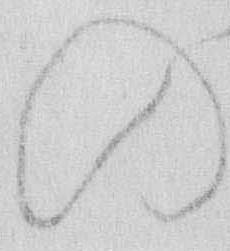
の